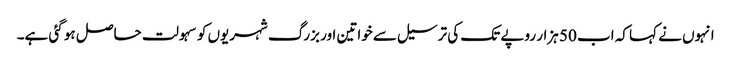
انہوں نے کہا کہ اب 50 ہزار روپے تک کی ترسیل سے خواتین اور بزرگ شہریوں کو سہولت حاصل ہو گئی ہے۔